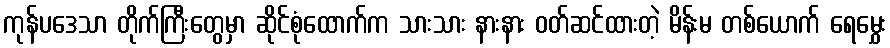
ကုန်ပဒေသာ တိုက်ကြီးတွေမှာ ဆိုင်စုံထောက်က သားသား နားနား ဝတ်ဆင်ထားတဲ့ မိန်းမ တစ်ယောက် ရေမွှေး